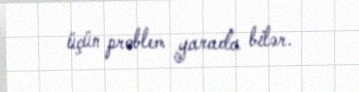
üçün problem yarada bilər.